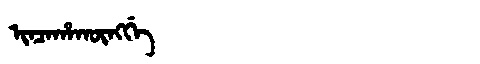
Manchu: ᡳᠨᠴᠠᡥᠠᡴᡡᠩᡤᡝ
Romanization: INCAHAKŪNGGE